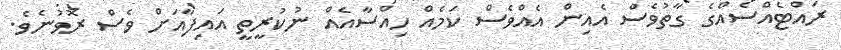
ރައްޓެއްސެއްގެ ގާތުވެސް އެއިން އެއްވެސް ކަމެއް ހިއްސާއެއް ނުކުރީތީ އައިފާއަށް ވެސް ރޮވުނެވެ.